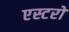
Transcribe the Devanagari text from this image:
एस्टरो